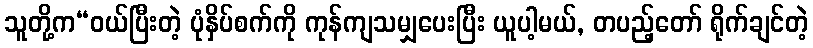
သူတို့က“ဝယ်ပြီးတဲ့ ပုံနှိပ်စက်ကို ကုန်ကျသမျှပေးပြီး ယူပါ့မယ်, တပည့်တော် ရိုက်ချင်တဲ့